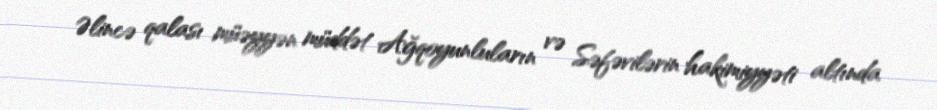
Əlincə qalası müəyyən müddət Ağqoyunluların və Səfəvilərin hakimiyyəti altında